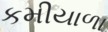
કમીયાળા